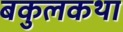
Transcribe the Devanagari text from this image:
बकुलकथा